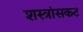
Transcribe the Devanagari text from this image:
शस्त्रांसकट